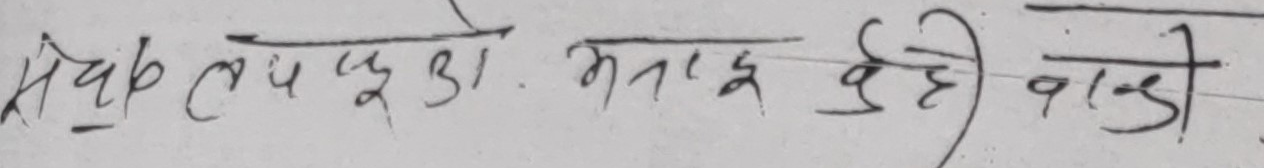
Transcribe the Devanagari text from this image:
सचिव लपसपुरी मतालु देही वाडी